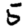
Digit: 5